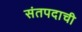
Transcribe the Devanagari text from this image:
संतपदाची